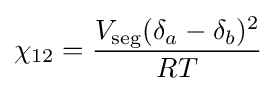
\chi _{12}={\frac {V_{\rm {seg}}(\delta _{a}-\delta _{b})^{2}}{RT}}